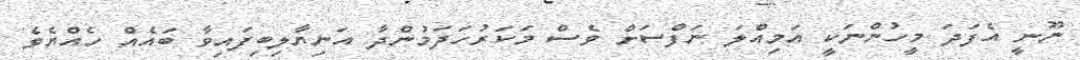
ނޫނީ އެފަދަ މީހުންނަކީ އަމިއްލަ ނަފްސަށް ވެސް މަކަރުހަދަމުންދާ އަނިޔާލިބިފައިވާ ބައެއް ހެއްޔެވެ